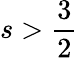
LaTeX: s>\frac{3}{2}